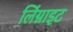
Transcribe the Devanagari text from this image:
लिंग्नाइट